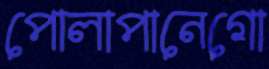
পোলাপানেগো